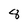
Character: 8